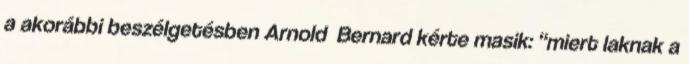
a akorábbi beszélgetésben Arnold Bernard kérte masik: “miert laknak a